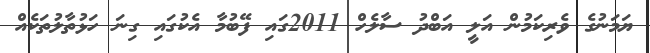
ޔަމަނުގެ ވެރިކަމުން އަލީ އަބްދު ސާލެހް 2011ގައި ފޭބުމާ އެކުގައި ގިނަ ހަޅުތާލުތަކެއް